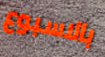
بالاسبوع